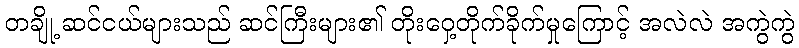
တချို့ ဆင်ငယ်များသည် ဆင်ကြီးများ၏ တိုးဝှေ့တိုက်ခိုက်မှုကြောင့် အလဲလဲ အကွဲကွဲ